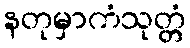
နတုမှာကံသုတ္တံ